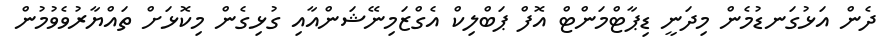
ދެން އަޅުގަނޑުމެން މިދަނީ ޑިޕާޓްމަންޓް އޮފް ޕަބްލިކް އެގްޒަމިނޭޝަންއާއި ގުޅިގެން މިކޮޅަށް ތައްޔާރުވެވުމުން